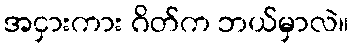
အငှားကား ဂိတ်က ဘယ်မှာလဲ။